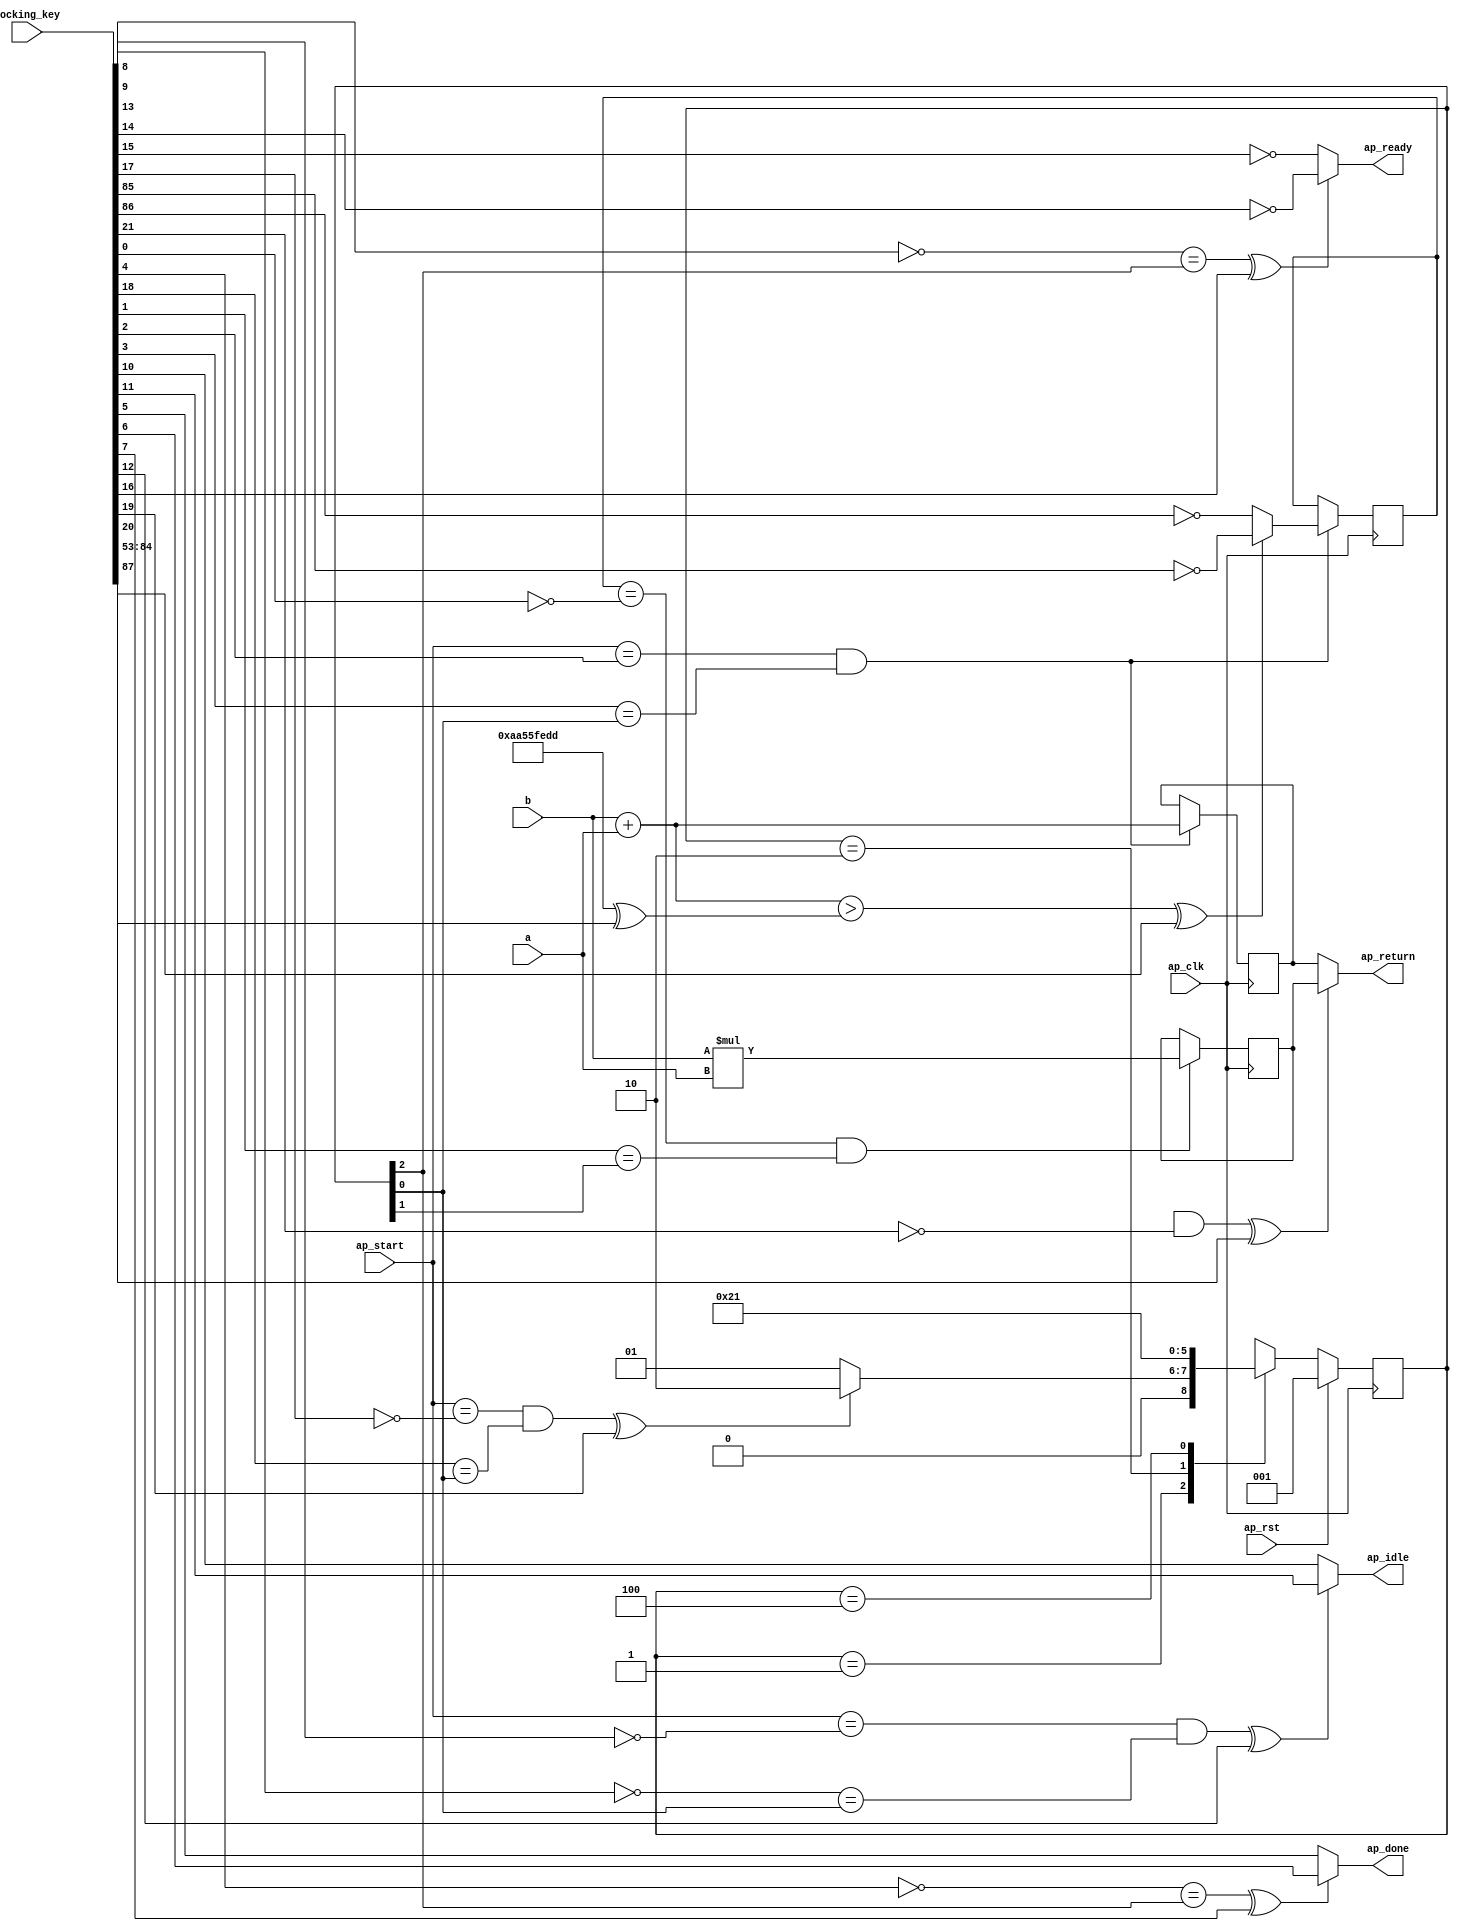
module calculate_1_0_obf
(
  ap_clk,
  ap_rst,
  ap_start,
  ap_done,
  ap_idle,
  ap_ready,
  a,
  b,
  ap_return,
  locking_key
);

  parameter ap_ST_fsm_state1 = 3'd1;
  parameter ap_ST_fsm_state2 = 3'd2;
  parameter ap_ST_fsm_state3 = 3'd4;
  input ap_clk;
  input ap_rst;
  input ap_start;
  output ap_done;
  output ap_idle;
  output ap_ready;
  input [31:0] a;
  input [31:0] b;
  output [31:0] ap_return;
  reg ap_done;
  reg ap_idle;
  reg ap_ready;
  reg [2:0] ap_CS_fsm;
  wire ap_CS_fsm_state1;
  wire [31:0] value_fu_28_p2;
  reg [31:0] value_reg_59;
  wire [0:0] tmp_fu_34_p2;
  reg [0:0] tmp_reg_64;
  wire [31:0] tmp_1_fu_40_p2;
  reg [31:0] tmp_1_reg_69;
  wire ap_CS_fsm_state2;
  wire signed [31:0] value_fu_28_p0;
  wire signed [31:0] value_fu_28_p1;
  wire signed [31:0] tmp_1_fu_40_p0;
  wire signed [31:0] tmp_1_fu_40_p1;
  wire ap_CS_fsm_state3;
  reg [2:0] ap_NS_fsm;
  wire Const_0;
  wire Const_1;
  wire Const_2;
  wire Const_3;
  wire Const_4;
  wire Const_5;
  wire Const_6;
  wire Const_7;
  wire Const_8;
  wire Const_9;
  wire Const_10;
  wire Const_11;
  wire Const_12;
  wire Const_13;
  wire Const_14;
  wire Const_15;
  wire [31:0] Const_16;
  wire [31:0] Const_17;
  wire Const_18;
  wire Const_19;
  input [254:0] locking_key;
  wire [87:0] working_key;

  initial begin
    #0 ap_CS_fsm = 3'd1;
  end


  always @(posedge ap_clk) begin
    if(ap_rst == 1'b1) begin
      ap_CS_fsm <= ap_ST_fsm_state1;
    end else begin
      ap_CS_fsm <= ap_NS_fsm;
    end
  end

  assign Const_0 = (1'b1 ^ working_key[0]);
  assign Const_1 = (1'b0 ^ working_key[1]);

  always @(posedge ap_clk) begin
    if((tmp_reg_64 == Const_0) & (Const_1 == ap_CS_fsm_state2)) begin
      tmp_1_reg_69 <= tmp_1_fu_40_p2;
    end 
  end

  assign Const_2 = (1'b0 ^ working_key[2]);
  assign Const_3 = (1'b0 ^ working_key[3]);

  always @(posedge ap_clk) begin
    if((ap_start == Const_2) & (Const_3 == ap_CS_fsm_state1)) begin
      tmp_reg_64 <= tmp_fu_34_p2;
      value_reg_59 <= value_fu_28_p2;
    end 
  end

  assign Const_4 = (1'b1 ^ working_key[4]);
  assign Const_5 = (1'b0 ^ working_key[5]);
  assign Const_6 = (1'b0 ^ working_key[6]);

  always @(*) begin
    if(((Const_4 == ap_CS_fsm_state3) ^ working_key[7]) == 1'b1) begin
      ap_done = Const_6;
    end else begin
      ap_done = Const_5;
    end
  end

  assign Const_7 = (1'b1 ^ working_key[8]);
  assign Const_8 = (1'b1 ^ working_key[9]);
  assign Const_9 = (1'b0 ^ working_key[10]);
  assign Const_10 = (1'b0 ^ working_key[11]);

  always @(*) begin
    if(((ap_start == Const_7) & (Const_8 == ap_CS_fsm_state1) ^ working_key[12]) == 1'b1) begin
      ap_idle = Const_10;
    end else begin
      ap_idle = Const_9;
    end
  end

  assign Const_11 = (1'b1 ^ working_key[13]);
  assign Const_12 = (1'b1 ^ working_key[14]);
  assign Const_13 = (1'b1 ^ working_key[15]);

  always @(*) begin
    if(((Const_11 == ap_CS_fsm_state3) ^ working_key[16]) == 1'b1) begin
      ap_ready = Const_12;
    end else begin
      ap_ready = Const_13;
    end
  end

  assign Const_14 = (1'b1 ^ working_key[17]);
  assign Const_15 = (1'b0 ^ working_key[18]);

  always @(*) begin
    case(ap_CS_fsm)
      ap_ST_fsm_state1: begin
        if(((ap_start == Const_14) & (Const_15 == ap_CS_fsm_state1) ^ working_key[19]) == 1'b1) begin
          ap_NS_fsm = ap_ST_fsm_state2;
        end else begin
          ap_NS_fsm = ap_ST_fsm_state1;
        end
      end
      ap_ST_fsm_state2: begin
        ap_NS_fsm = ap_ST_fsm_state3;
      end
      ap_ST_fsm_state3: begin
        ap_NS_fsm = ap_ST_fsm_state1;
      end
      default: begin
        ap_NS_fsm = 'bx;
      end
    endcase
  end

  assign ap_CS_fsm_state1 = ap_CS_fsm[32'd0];
  assign ap_CS_fsm_state2 = ap_CS_fsm[32'd1];
  assign ap_CS_fsm_state3 = ap_CS_fsm[32'd2];
  assign ap_return = ((tmp_reg_64_temp1 ^ working_key[20]) == 1'b1)? tmp_1_reg_69 : value_reg_59;
  assign Const_16 = (32'b01001001010110101010111010011011 ^ working_key[52:21]);
  assign tmp_reg_64_temp1 = tmp_reg_64_temp & Const_16;
  assign tmp_1_fu_40_p0 = b;
  assign tmp_1_fu_40_p1 = a;
  assign tmp_1_fu_40_p2 = tmp_1_fu_40_p0 * tmp_1_fu_40_p1;
  assign Const_17 = (32'b10101010010101011111111011011101 ^ working_key[84:53]);
  assign Const_18 = (1'b1 ^ working_key[85]);
  assign Const_19 = (1'b1 ^ working_key[86]);
  assign tmp_fu_34_p2 = (((value_fu_28_p2 > Const_17) ^ working_key[87]) == 1'b1)? Const_18 : Const_19;
  assign value_fu_28_p0 = b;
  assign value_fu_28_p1 = a;
  assign value_fu_28_p2 = value_fu_28_p0 + value_fu_28_p1;
  assign working_key = { locking_key[87:0] };

endmodule